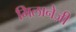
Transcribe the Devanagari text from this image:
मिलानेज़ी